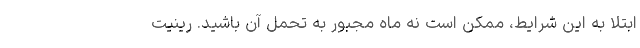
ابتلا به این شرایط، ممکن است نه ماه مجبور به تحمل آن باشید. رینیت